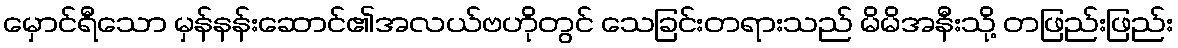
မှောင်ရီသော မှန်နန်းဆောင်၏အလယ်ဗဟိုတွင် သေခြင်းတရားသည် မိမိအနီးသို့ တဖြည်းဖြည်း